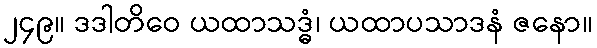
၂၄၉။ ဒဒါတိဝေ ယထာသဒ္ဓံ၊ ယထာပသာဒနံ ဇနော။